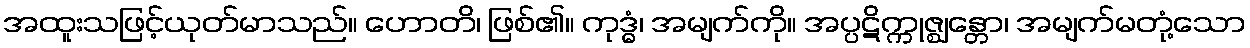
အထူးသဖြင့်ယုတ်မာသည်။ ဟောတိ၊ ဖြစ်၏။ ကုဒ္ဓံ၊ အမျက်ကို။ အပ္ပဋိက္ကုဇ္ဈန္တော၊ အမျက်မတုံ့သော